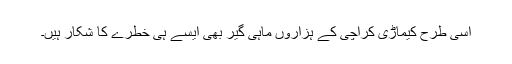
اسی طرح کیماڑی کراچی کے ہزاروں ماہی گیر بھی ایسے ہی خطرے کا شکار ہیں۔